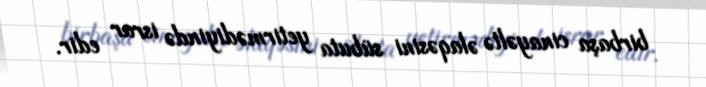
birbaşa cinayəltə əlaqəsini sübuta yetirmədiyində israr edir.